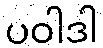
ပဝါဒါ